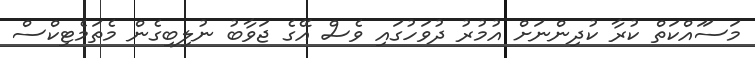
މަސަައްކަތް ކުރާ ކުދިންނަށް އުމުރު ދުވަހުގައި ވެސް އޭގެ ޖަވާބު ނުލިބިގެން މެތަމެޓިކްސް